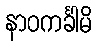
နာဝကင်္ခါမိ